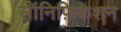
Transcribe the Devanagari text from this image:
सॉनिफ़िकेशन